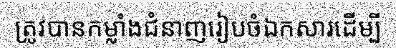
ត្រូវបានកម្លាំងជំនាញរៀបចំឯកសារដើម្បី